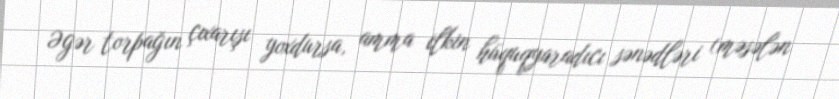
Əgər torpağın çıxarışı yoxdursa, amma ilkin hüquqyaradıcı sənədləri (məsələn